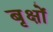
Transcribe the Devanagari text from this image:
बृक्षों